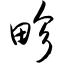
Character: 畛